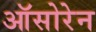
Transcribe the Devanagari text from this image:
ऑसोरेन